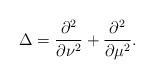
LaTeX: \begin{align*}\Delta=\frac{\partial^2}{\partial\nu^2}+\frac{\partial^2}{\partial\mu^2}.\end{align*}